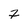
Character: 2